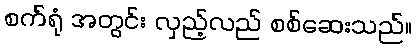
စက်ရုံ အတွင်း လှည့်လည် စစ်ဆေးသည်။